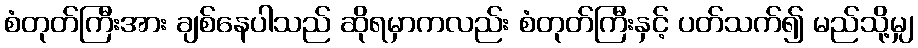
စံတုတ်ကြီးအား ချစ်နေပါသည် ဆိုရမှာကလည်း စံတုတ်ကြီးနှင့် ပတ်သက်၍ မည်သို့မျှ